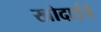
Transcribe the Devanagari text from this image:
खोदाईचे